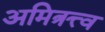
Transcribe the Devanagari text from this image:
अमित्रत्त्व